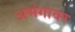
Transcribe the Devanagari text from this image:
अभंगावर